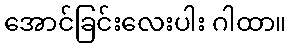
အောင်ခြင်းလေးပါး ဂါထာ။